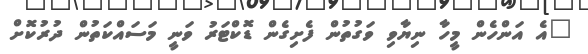
"އެ އަންހެން މީހާ ނިޔާވި ވަގުތުން ފެށިގެން ޑޮކްޓަރު ވަނީ މަސައްކަތުން ދުރުކޮށް